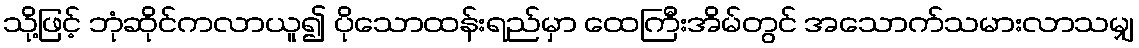
သို့ဖြင့် ဘုံဆိုင်ကလာယူ၍ ပိုသောထန်းရည်မှာ ထေကြီးအိမ်တွင် အသောက်သမားလာသမျှ